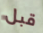
قبل